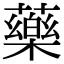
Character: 藥